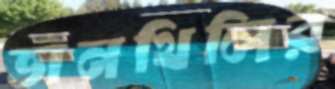
ভানথিলির